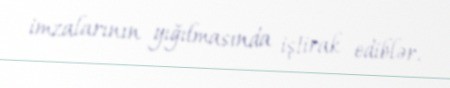
imzalarının yığılmasında iştirak ediblər.